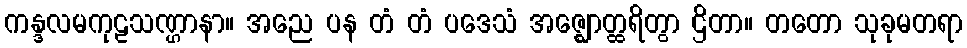
ကန္ဒလမကုဠသဏ္ဌာနာ။ အညေ ပန တံ တံ ပဒေသံ အဇ္ဈောတ္ထရိတွာ ဌိတာ။ တတော သုခုမတရာ